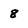
Character: 8